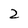
Character: 2